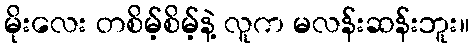
မိုးလေး တစိမ့်စိမ့်နဲ့ လူက မလန်းဆန်းဘူး။